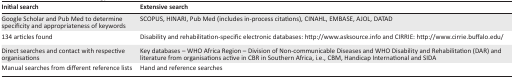
<table><thead><tr><td><b>Initial search</b></td><td><b>Extensive search</b></td></tr></thead><tbody><tr><td>Google Scholar and Pub Med to determine specificity and appropriateness of keywords</td><td>SCOPUS, HINARI, Pub Med (includes in-process citations), CINAHL, EMBASE, AJOL, DATAD</td></tr><tr><td>134 articles found</td><td>Disability and rehabilitation-specific electronic databases: http://www.asksource.info and CIRRIE: http://www.cirrie.buffalo.edu/</td></tr><tr><td>Direct searches and contact with respective organisations</td><td>Key databases – WHO Africa Region – Division of Non-communicable Diseases and WHO Disability and Rehabilitation (DAR) and literature from organisations active in CBR in Southern Africa, i.e., CBM, Handicap International and SIDA</td></tr><tr><td>Manual searches from different reference lists</td><td>Hand and reference searches</td></tr></tbody></table>